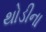
થોડીના